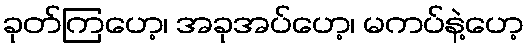
ခုတ်ကြဟေ့၊ အခုအပ်ဟေ့၊ မကပ်နဲ့ဟေ့